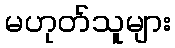
မဟုတ်သူများ